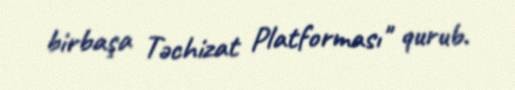
birbaşa Təchizat Platforması" qurub.